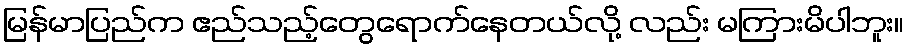
မြန်မာပြည်က ဧည်သည့်တွေရောက်နေတယ်လို့ လည်း မကြားမိပါဘူး။